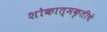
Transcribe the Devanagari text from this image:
शोकात्मकृतीचे